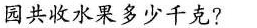
园共收水果多少千克?